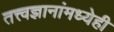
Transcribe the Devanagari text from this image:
तत्त्वज्ञानांमध्येही